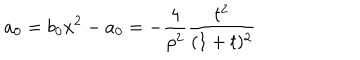
a _ { 0 } = b _ { 0 } x ^ { 2 } - a _ { 0 } = - \frac { 4 } { \rho ^ { 2 } } \frac { t ^ { 2 } } { ( 1 + t ) ^ { 2 } }